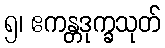
၅၊ ဧကန္တဒုက္ခသုတ်